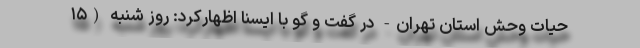
حیات وحش استان تهران- در گفت و گو با ایسنا اظهارکرد: روز شنبه (۱۵